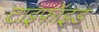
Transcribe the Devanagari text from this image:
टाइफॉइड